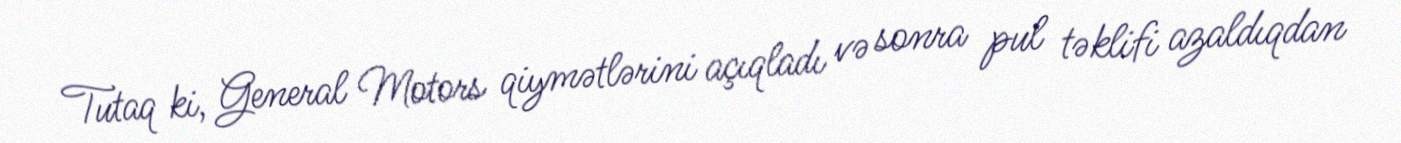
Tutaq ki, General Motors qiymətlərini açıqladı və sonra pul təklifi azaldıqdan